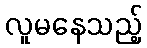
လူမနေသည့်